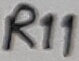
Text: R11